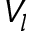
V _ { l }